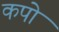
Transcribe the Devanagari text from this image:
कपो